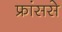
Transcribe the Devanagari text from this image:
फ्रांससे